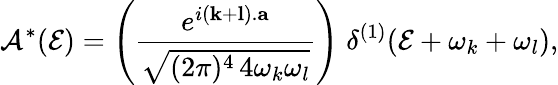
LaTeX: {\cal A}^{*}({\cal E})=\left(\frac{e^{i({\mathbf k}+{\mathbf l}).{\mathbf a}}}{\sqrt{(2\pi)^{4}\, 4\omega_{k}\omega_{l}}}\right)\; \delta^{(1)}({\cal E}+\omega_{k}+\omega_{l}),